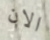
الان